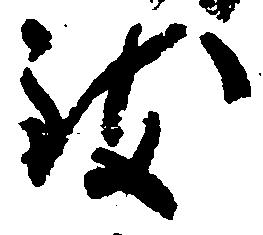
致